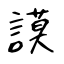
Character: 謨